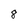
Character: 8